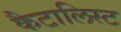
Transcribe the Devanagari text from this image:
कैटालिस्ट